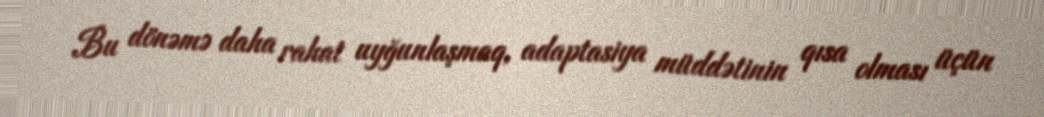
Bu dönəmə daha rahat uyğunlaşmaq, adaptasiya müddətinin qısa olması üçün